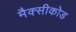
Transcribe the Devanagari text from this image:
मैक्सीकोड